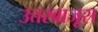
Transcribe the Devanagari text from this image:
उत्तरबाजूस